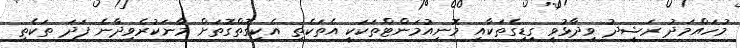
މުހައްމަދު ރަޝީދު ވިދާޅުވީ ގިޑިގެތަކާއި މޮނިއުމަންޓްތަކަކީ އެތަކެތި އެކިގޮތްގޮތަށް މާނަކުރެވިދާނެ ފަދަ ތަކެތި